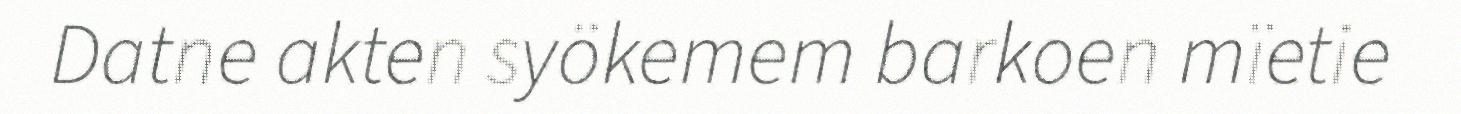
Datne akten syökemem barkoen mïetie